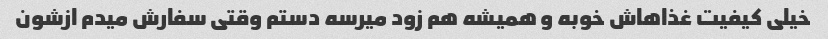
خیلی کیفیت غذاهاش خوبه و همیشه هم زود میرسه دستم وقتی سفارش میدم ازشون